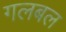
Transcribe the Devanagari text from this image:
गलबल